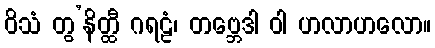
ဝိသံ တွ’နိတ္ထီ ဂရဠံ၊ တဗ္ဘေဒါ ဝါ ဟလာဟလော။